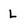
Character: L